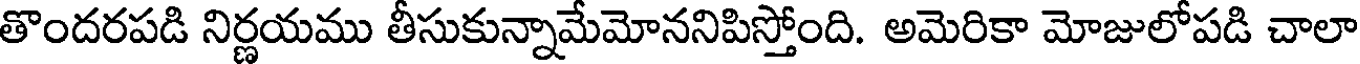
తొందరపడి నిర్ణయము తీసుకున్నామేమోననిపిస్తోంది. అమెరికా మోజులోపడి చాలా